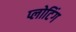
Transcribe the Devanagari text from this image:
प्लोटिंग